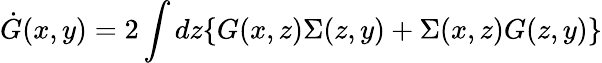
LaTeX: \dot{G}(x,y)=2\int dz\{ G(x,z)\Sigma(z,y)+\Sigma(x,z)G(z,y)\}